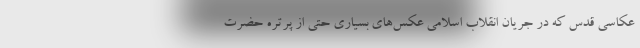
عکاسی قدس که در جریان انقلاب اسلامی عکس‌های بسیاری حتی از پرتره حضرت